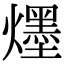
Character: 爅